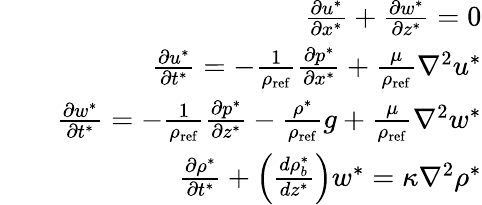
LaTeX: \begin{array}{rlr}&{}&{\frac{\partial u^{*}}{\partial x^{*}}+\frac{\partial w^{*}}{\partial z^{*}}=0}\\ &{}&{\frac{\partial u^{*}}{\partial t^{*}}=-\frac{1}{\rho_{\mathrm{ref}}}\frac{\partial p^{*}}{\partial x^{*}}+\frac{\mu}{\rho_{\mathrm{ref}}}\nabla^{2}u^{*}}\\ &{}&{\frac{\partial w^{*}}{\partial t^{*}}=-\frac{1}{\rho_{\mathrm{ref}}}\frac{\partial p^{*}}{\partial z^{*}}-\frac{\rho^{*}}{\rho_{\mathrm{ref}}}g+\frac{\mu}{\rho_{\mathrm{ref}}}\nabla^{2}w^{*}}\\ &{}&{\frac{\partial\rho^{*}}{\partial t^{*}}+\left(\frac{d\rho_{b}^{*}}{dz^{*}}\right)w^{*}=\kappa\nabla^{2}\rho^{*}}\end{array}